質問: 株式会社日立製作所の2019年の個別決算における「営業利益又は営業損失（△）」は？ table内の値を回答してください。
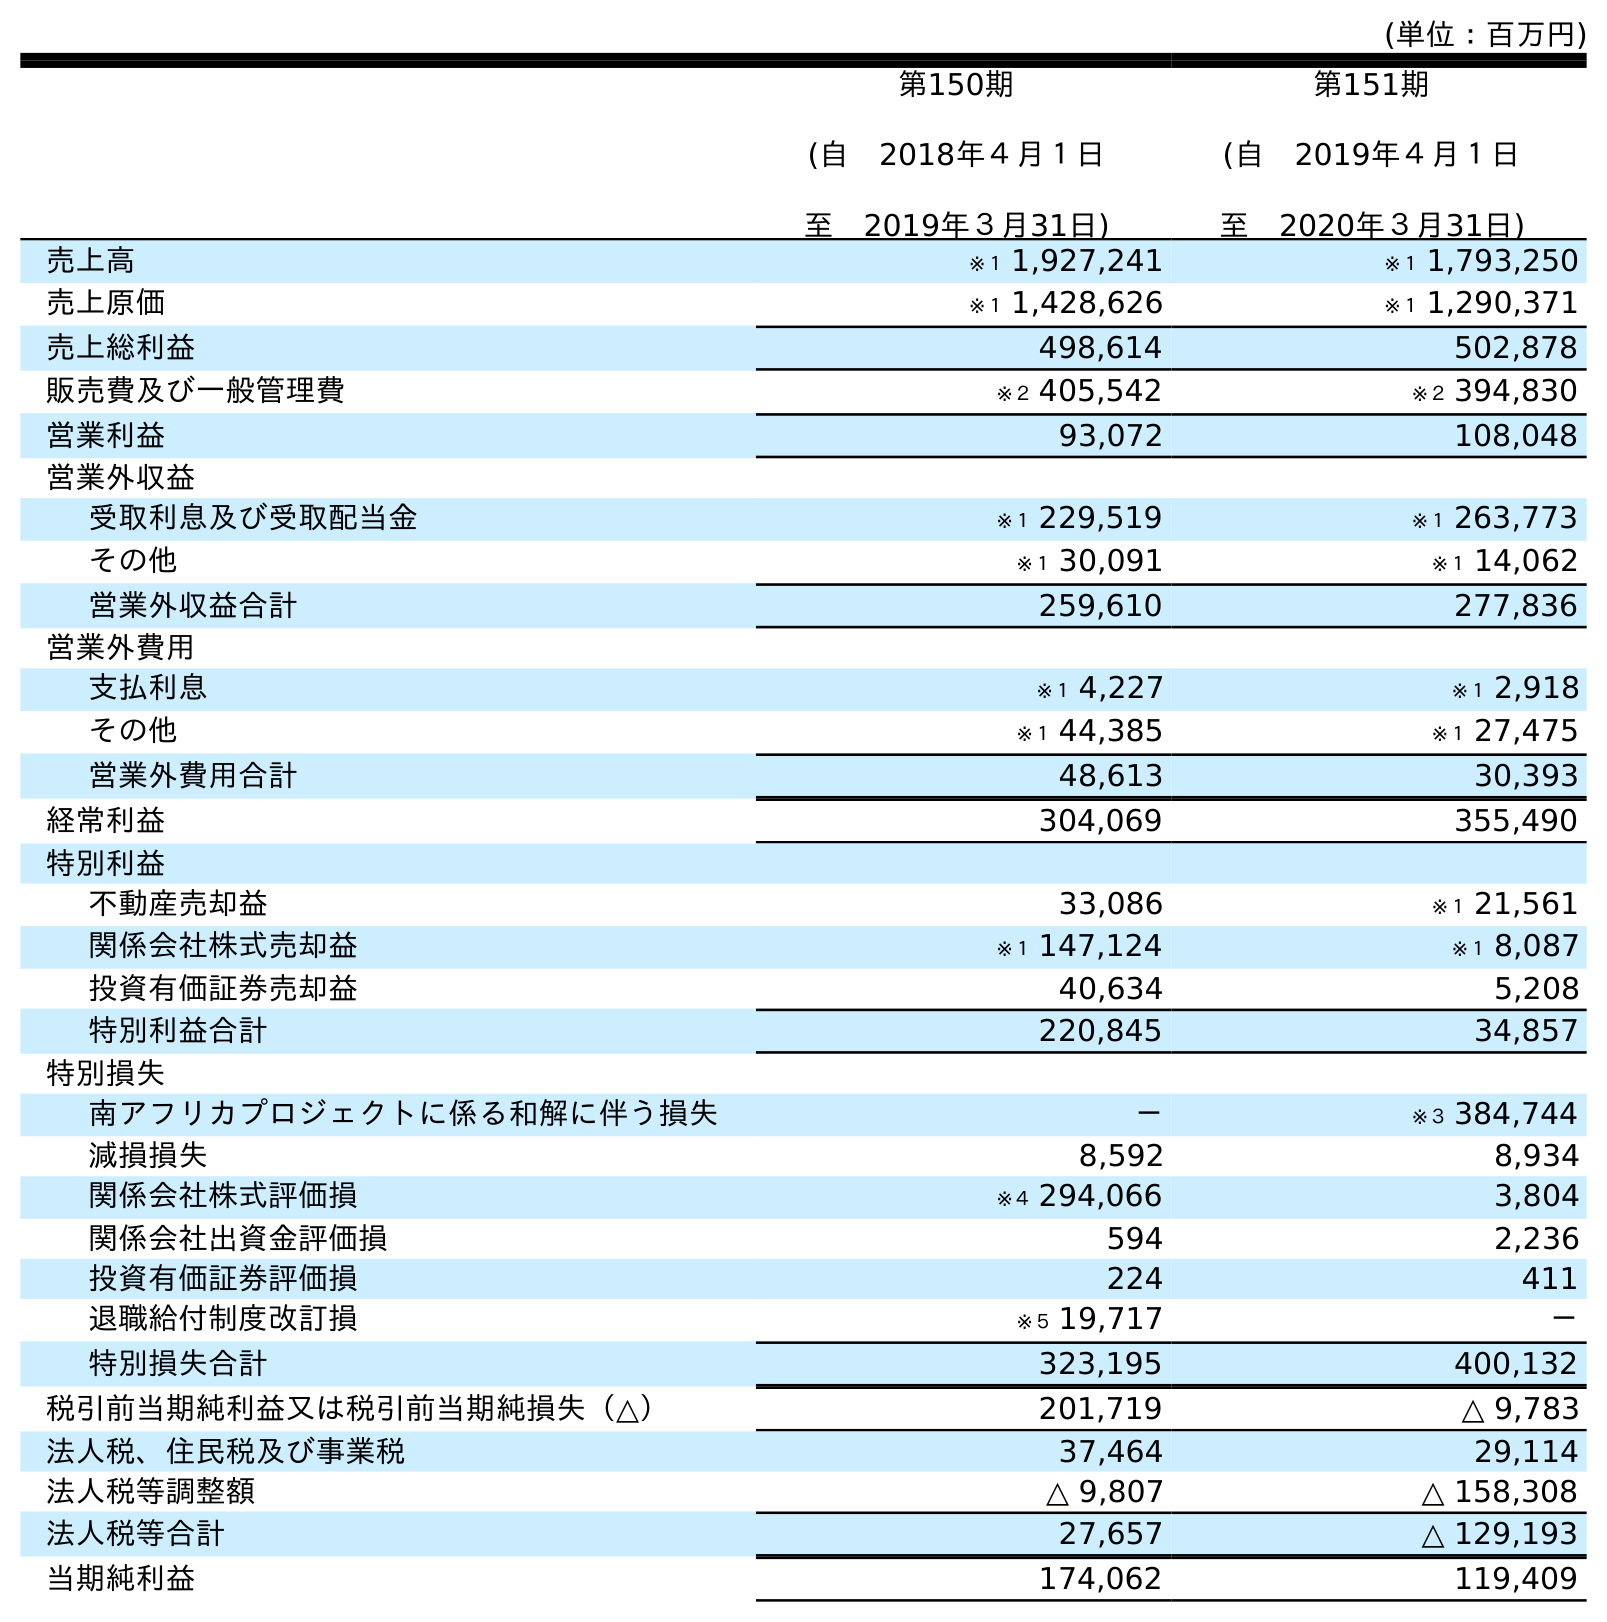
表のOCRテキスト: (単位：百万円) 第150期 (自 2018年４月１日 至 2019年３月31日) 第151期 (自 2019年４月１日 至 2020年３月31日) 売上高 ※１ 1,927,241 ※１ 1,793,250 売上原価 ※１ 1,428,626 ※１ 1,290,371 売上総利益 498,614 502,878 販売費及び一般管理費 ※２ 405,542 ※２ 394,830 営業利益 93,072 108,048 営業外収益 受取利息及び受取配当金 ※１ 229,519 ※１ 263,773 その他 ※１ 30,091 ※１ 14,062 営業外収益合計 259,610 277,836 営業外費用 支払利息 ※１ 4,227 ※１ 2,918 その他 ※１ 44,385 ※１ 27,475 営業外費用合計 48,613 30,393 経常利益 304,069 355,490 特別利益 不動産売却益 33,086 ※１ 21,561 関係会社株式売却益 ※１ 147,124 ※１ 8,087 投資有価証券売却益 40,634 5,208 特別利益合計 220,845 34,857 特別損失 南アフリカプロジェクトに係る和解に伴う損失 － ※３ 384,744 減損損失 8,592 8,934 関係会社株式評価損 ※４ 294,066 3,804 関係会社出資金評価損 594 2,236 投資有価証券評価損 224 411 退職給付制度改訂損 ※５ 19,717 － 特別損失合計 323,195 400,132 税引前当期純利益又は税引前当期純損失（△） 201,719 △ 9,783 法人税、住民税及び事業税 37,464 29,114 法人税等調整額 △ 9,807 △ 158,308 法人税等合計 27,657 △ 129,193 当期純利益 174,062 119,409
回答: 93,072